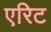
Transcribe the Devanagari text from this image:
एरिट